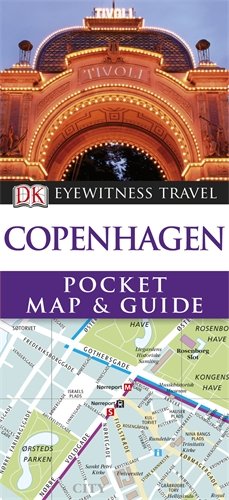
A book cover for DK Eyewitness Pocket Map and Guide: Copenhagen; Dorling Kindersley ( DK CHU BAN SHE ); Travel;